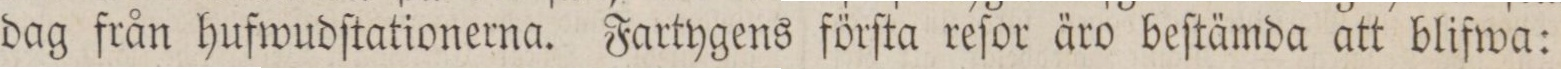
dag från hufwudſtationerna. Fartygens förſta reſor äro beſtämda att blifwa: